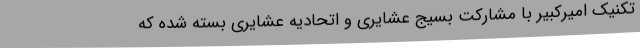
تکنیک امیرکبیر با مشارکت بسیج عشایری و اتحادیه عشایری بسته شده که